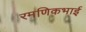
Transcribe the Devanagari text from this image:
रमणिकभाई